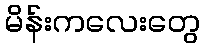
မိန်းကလေးတွေ